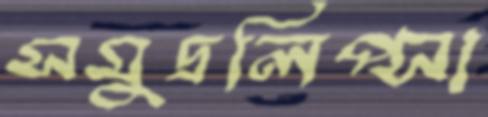
সমুদ্রলিপ্সা